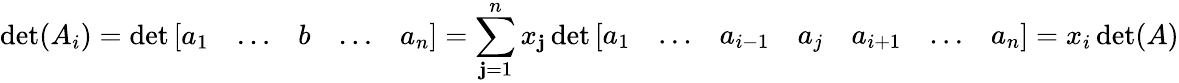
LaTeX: \operatorname*{det}(A_{i})=\operatorname*{det}{\left[\begin{array}{lllll}{a_{1}}&{\ldots}&{b}&{\ldots}&{a_{n}}\end{array}\right]}=\sum_{\mathbf{j}=1}^{n}x_{\mathbf{j}}\operatorname*{det}{\left[\begin{array}{lllllll}{a_{1}}&{\ldots}&{a_{i-1}}&{a_{j}}&{a_{i+1}}&{\ldots}&{a_{n}}\end{array}\right]}=x_{i}\operatorname*{det}(A)